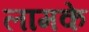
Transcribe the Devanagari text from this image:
लामके